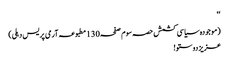
‘‘
(موجودہ سیاسی کشمش حصہ سوم صفحہ130مطبوعہ آرمی پریس دہلی)
عزیز دوستو!